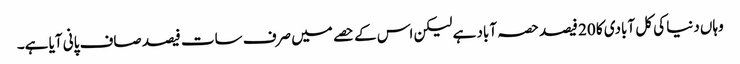
وہاں دنیا کی کل آبادی کا 20 فیصد حصہ آباد ہے لیکن اس کے حصے میں صرف سات فیصد صاف پانی آیا ہے۔